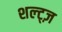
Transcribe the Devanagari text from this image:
शल्ट्ज़